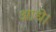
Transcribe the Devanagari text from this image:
आधे।